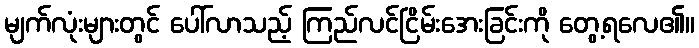
မျက်လုံးများတွင် ပေါ်လာသည့် ကြည်လင်ငြိမ်းအေးခြင်းကို တွေ့ရလေ၏။